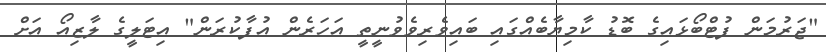
"ޖަރުމަން ފުޓްބޯޅަައިގެ ބޮޑު ކާމިޔާބެއްގައި ބައިވެރިވެވުނީތީ އަހަރެން އުފާކުރަން" އިޓަލީގެ ލާޒިއޯ އަށް